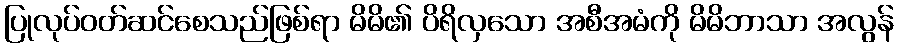
ပြုလုပ်ဝတ်ဆင်စေသည်ဖြစ်ရာ မိမိ၏ ပိရိလှသော အစီအမံကို မိမိဘာသာ အလွန်